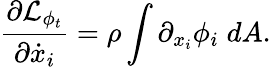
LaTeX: \frac{\partial\mathcal{L}_{\phi_{t}}}{\partial\dot{x}_{i}}=\rho\int\partial_{x_{i}}\phi_{i}\; dA.